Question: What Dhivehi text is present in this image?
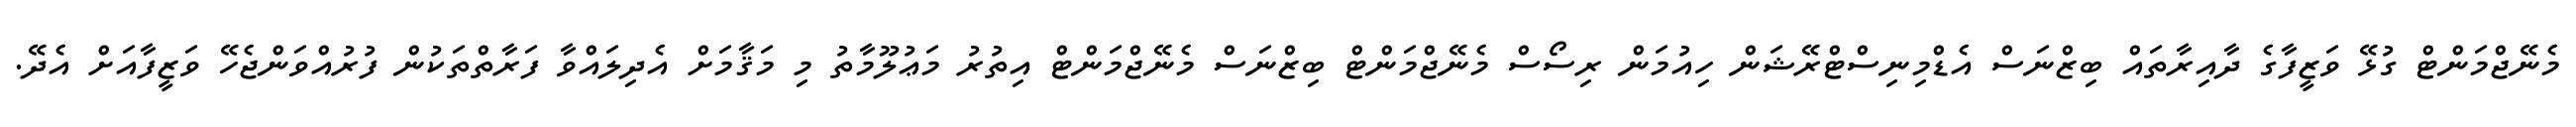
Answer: މެނޭޖްމަންޓް ގުޅޭ ވަޒީފާގެ ދާއިރާތައް ބިޒްނަސް އެޑްމިނިސްޓްރޭޝަން ހިއުމަން ރިސޯސް މެނޭޖްމަންޓް ބިޒްނަސް މެނޭޖްމަންޓް އިތުރު މަޢުލޫމާތު މި މަޤާމަށް އެދިލައްވާ ފަރާތްތަކުން ފުރުއްވަންޖެހޭ ވަޒީފާއަށް އެދޭ.